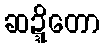
ဆဍ္ဍိတော